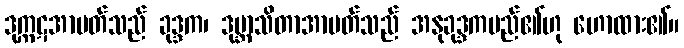
ဒုက္ကဋအာပတ်သည် ခုဒ္ဒက၊ ဒုဗ္ဘာသိတာအာပတ်သည် အနုခုဒ္ဒကမည်၏ဟု ဟောထား၏။